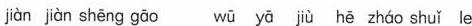
jiàn jiàn shēng gāo wū yā ji ù hē zháo shu ǐ le